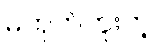
မဟုတ်ဘူးတဲ့။